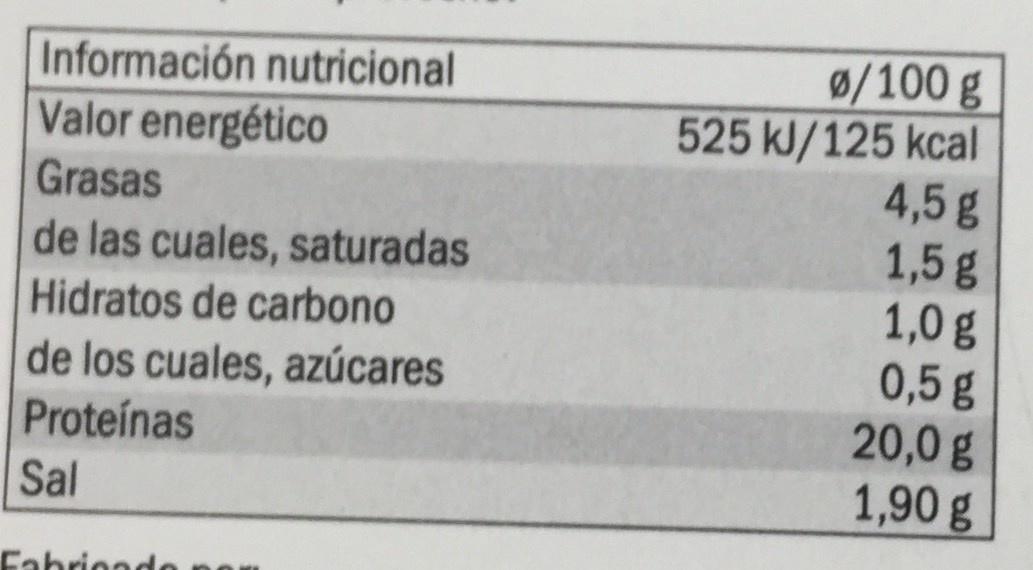
0/100 g 525 kJ/125 kcal 4,5g 1,5g 1,0 g 0,5g 20,0g 1,90 g Información nutricional Valor energético Grasas de las cuales, saturadas Hidratos de carbono de los cuales, azúcares Proteínas Sal Fahriondo